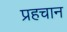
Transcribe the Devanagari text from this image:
प्रहचान